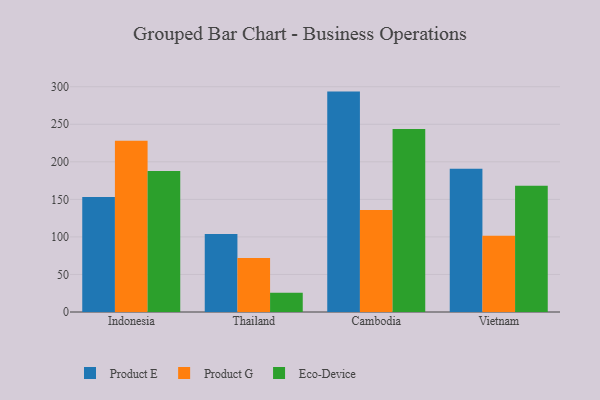
{"axis": {"x": "Country", "y": "Bounce Rate (%)"}, "legend": ["Eco-Device", "Product E", "Product G"], "data": [{"x": "Indonesia", "y": 153.2, "type": "Product E"}, {"x": "Indonesia", "y": 227.9, "type": "Product G"}, {"x": "Indonesia", "y": 187.8, "type": "Eco-Device"}, {"x": "Thailand", "y": 104.0, "type": "Product E"}, {"x": "Thailand", "y": 72.0, "type": "Product G"}, {"x": "Thailand", "y": 25.8, "type": "Eco-Device"}, {"x": "Cambodia", "y": 293.5, "type": "Product E"}, {"x": "Cambodia", "y": 135.9, "type": "Product G"}, {"x": "Cambodia", "y": 243.8, "type": "Eco-Device"}, {"x": "Vietnam", "y": 190.6, "type": "Product E"}, {"x": "Vietnam", "y": 101.5, "type": "Product G"}, {"x": "Vietnam", "y": 168.0, "type": "Eco-Device"}]}